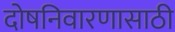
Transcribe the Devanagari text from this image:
दोषनिवारणासाठी